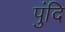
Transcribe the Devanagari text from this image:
पुंदि